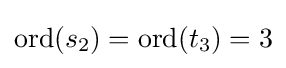
\mathrm {ord} (s_{2})=\mathrm {ord} (t_{3})=3